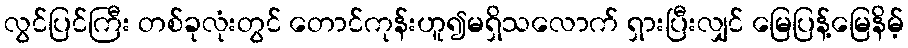
လွင်ပြင်ကြီး တစ်ခုလုံးတွင် တောင်ကုန်းဟူ၍မရှိသလောက် ရှားပြီးလျှင် မြေပြန့်မြေနိမ့်